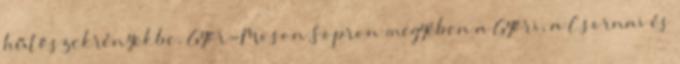
hűtőszekrényekbe. Győr-Moson Sopron megyében a Győri, a Csornai és